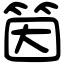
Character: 筃